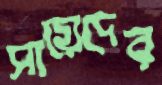
সায়েদের